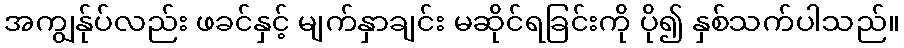
အကျွန်ုပ်လည်း ဖခင်နှင့် မျက်နှာချင်း မဆိုင်ရခြင်းကို ပို၍ နှစ်သက်ပါသည်။